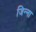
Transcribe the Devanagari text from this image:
जिन्‍ना